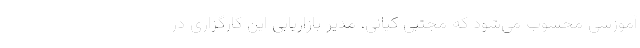
آموزشی محسوب می‌شود که مجتبی کیانی، مدیر بازاریابی این کارگزاری در